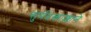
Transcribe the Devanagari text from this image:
सुर्यप्रकाशाने